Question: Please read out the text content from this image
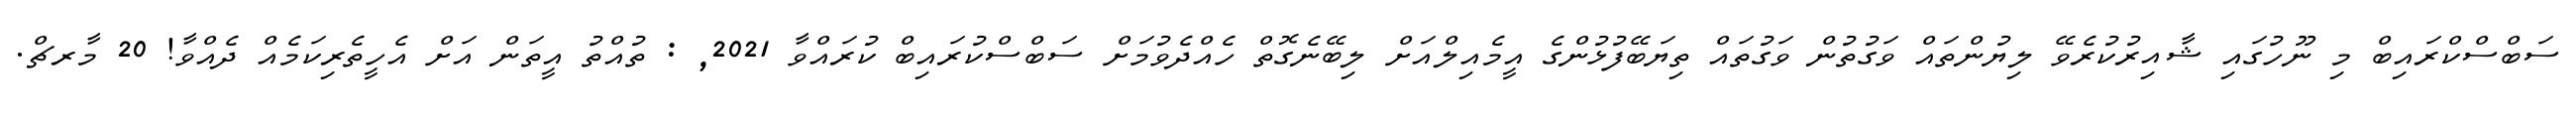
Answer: ސަބްސްކްރައިބް މި ނޫހުގައި ޝާއިރުކުރެވޭ ލިޔުންތައް ވަގުތުން ވަގުތައް ތިޔަބޭފުޅުންގެ އީމެއިލްއަށް ލިބޭނެގޮތް ހެއްދެވުމަށް ސަބްސްކުރައިބް ކުރައްވާ 2021, : ތުއްތު އީތަން އަށް އެހީތެރިކަމެއް ދެއްވާ! 20 މާރޗް.